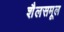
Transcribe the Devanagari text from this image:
शैलसमूल